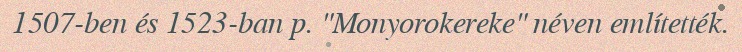
1507-ben és 1523-ban p. "Monyorokereke" néven említették.